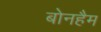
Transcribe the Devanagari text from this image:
बोनहैम